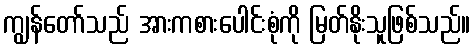
ကျွန်တော်သည် အားကစားပေါင်းစုံကို မြတ်နိုးသူဖြစ်သည်။